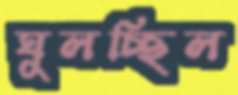
ঘুলচ্ছিল